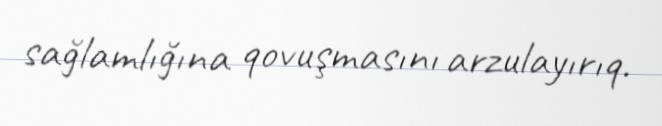
sağlamlığına qovuşmasını arzulayırıq.